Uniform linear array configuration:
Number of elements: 4
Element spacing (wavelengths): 0.75
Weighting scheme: kaiser
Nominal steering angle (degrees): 0
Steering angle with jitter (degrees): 1.254
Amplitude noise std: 0.05
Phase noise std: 0.05

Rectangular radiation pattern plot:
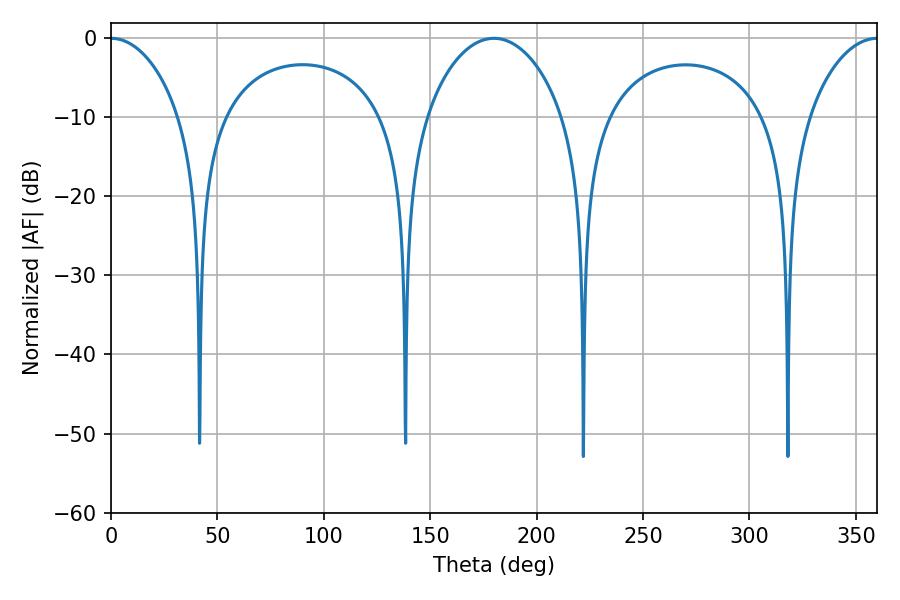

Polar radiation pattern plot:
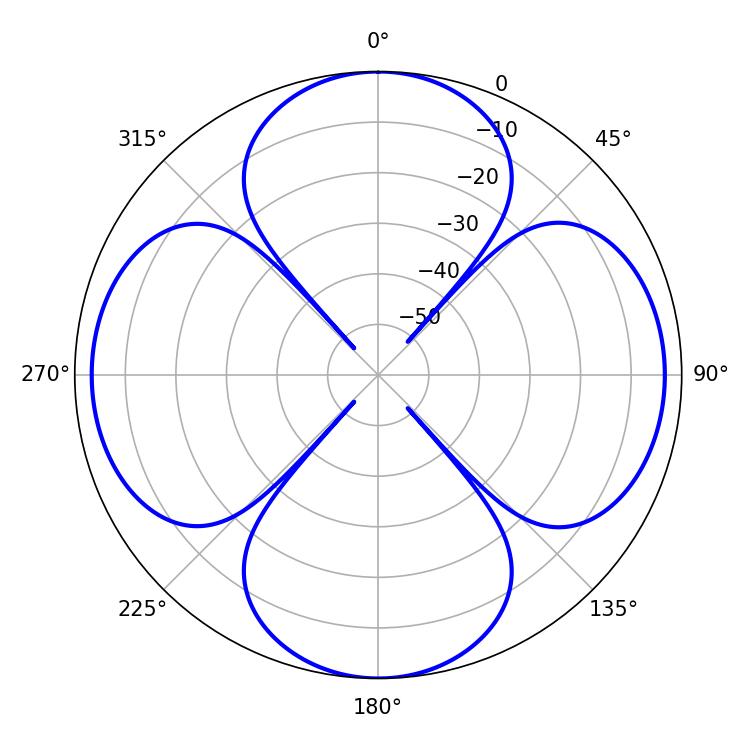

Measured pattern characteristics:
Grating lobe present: TRUE
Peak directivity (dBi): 27.437
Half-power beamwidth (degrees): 18.36
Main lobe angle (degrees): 0